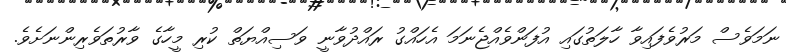
ނަމަވެސް މަރުވެފައިވާ ހާލަތުގައި އުފަންވެއްޖެނަމަ އެހައްގު ރައްދުވާނީ ވަސިއްޔަތް ކުރި މީހާގެ ވާރުތަވެރިންނަށެވެ.